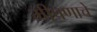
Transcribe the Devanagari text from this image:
मीपणाचे